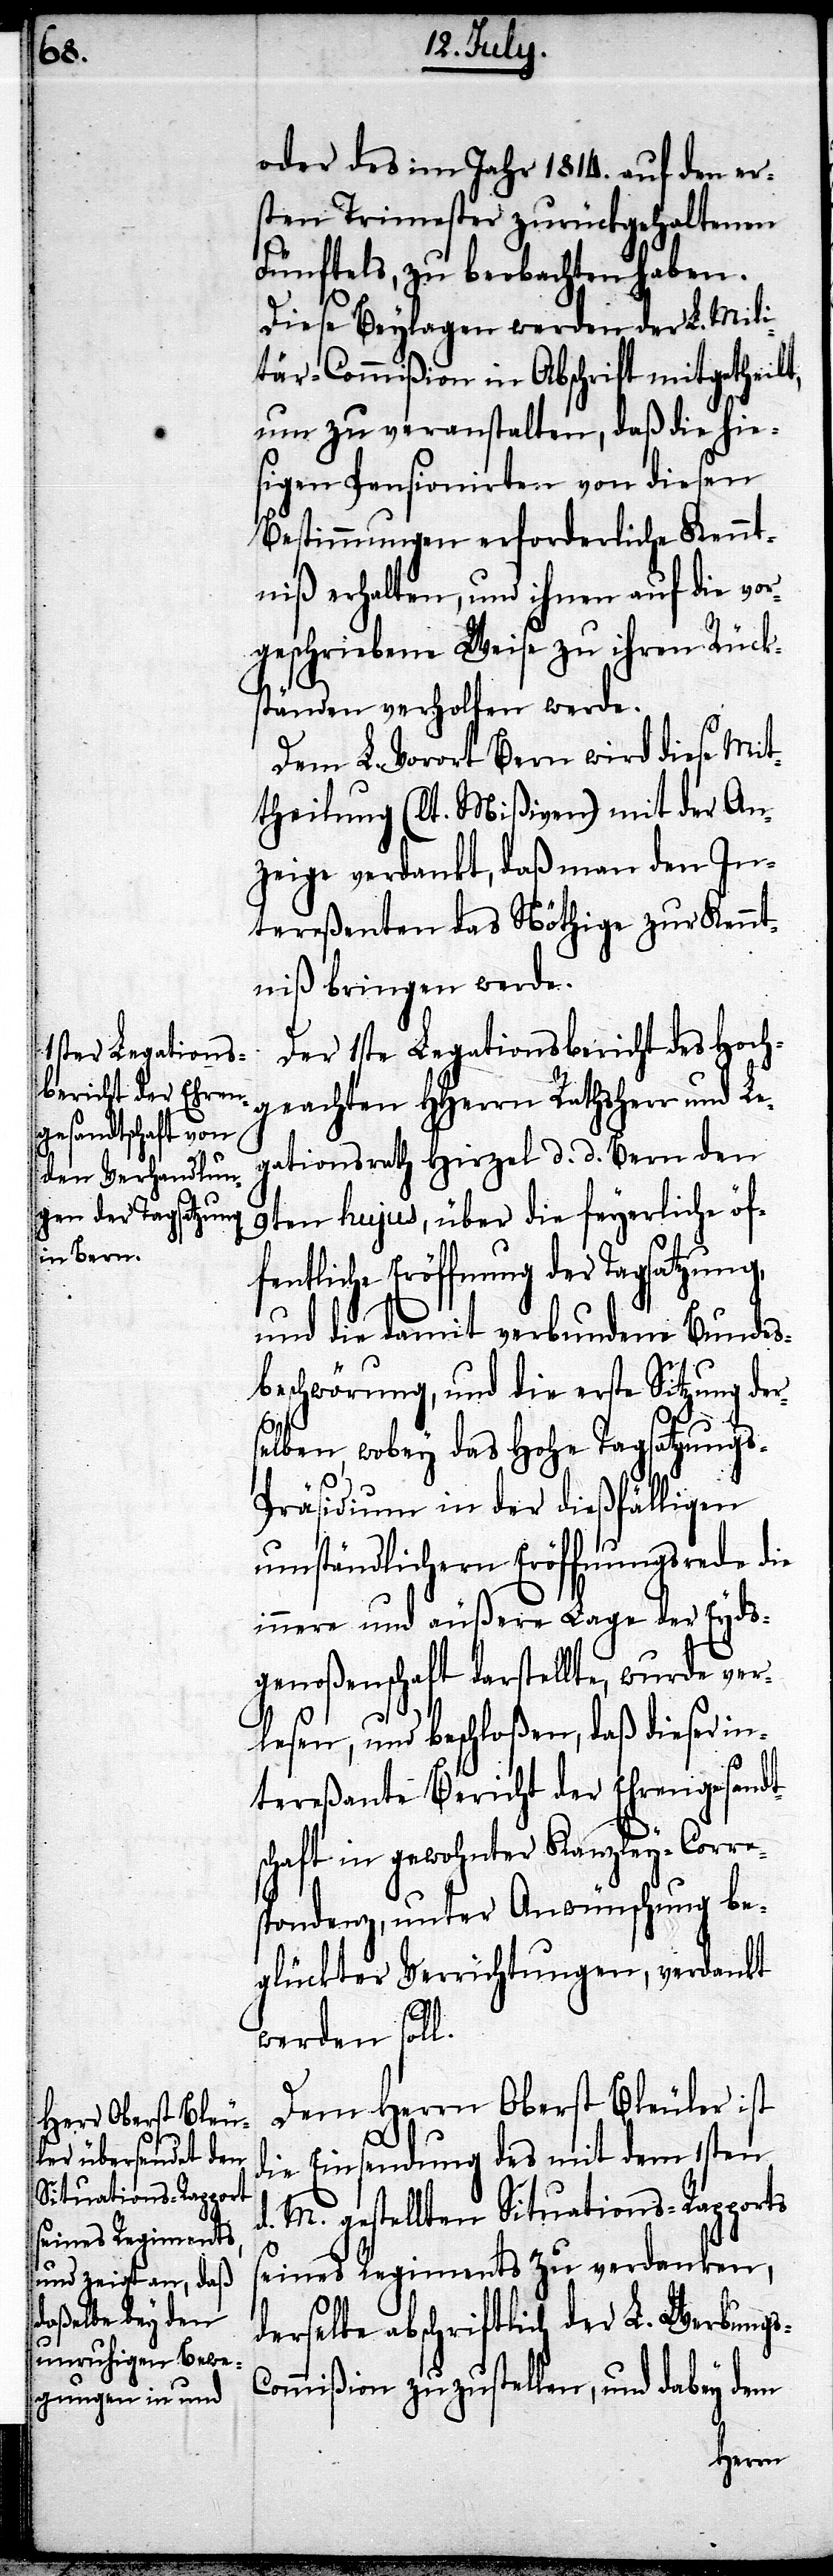
s-C¬

oder des im Jahre 1814. auf den er¬
sten Trimester zurückgehaltenen
Fünftels, zu beobachten haben.
Diese Beylagen werden der L. Mili¬
tär-Commißion in Abschrift mitgetheilt,
um zu veranstalten, daß die hie¬
sigen Pensionirten von diesen
Bestimmungen erforderliche Kennt¬
niß erhalten, und ihnen auf die vor¬
geschriebene Weise zu ihren Rück¬
ständen verholfen werde.
Dem L. Vorort Bern wird diese Mit¬
theilung (lt. Mißiven) mit der An¬
zeige verdankt, daß man den In¬
tereßenten das Nöthige zur Kennt¬
niß bringen werde.
Der 1ste Legationsbericht des Hoch¬
geachten HHerrn Rathsherr und Le¬
gationsrath Hirzel d. d. Bern den
9ten hujus, über die feyerliche öf¬
fentliche Eröffnung der Tagsatzung,
und die damit verbundene Bundes¬
beschwörung, und die erste Sitzung der¬
selben, wobey das Hohe Tagsatzungs-P¬
räsidium in der dießfälligen
umständlichern Eröffnungsrede die
innere und äußere Lage der Eyds¬
genoßenschaft darstellte, wurde ver¬
lesen, und beschloßen, daß dieser in¬
tereßante Bericht der Ehrengesandt¬
schaft in gewohnter Kanzley-Corre¬
spondenz, unter Anwünschung be¬
glückter Verrichtungen, verdankt
werden soll.
Dem Herrn Oberst Bleuler ist
die Einsendung des mit dem 1sten
d. M. gestellten Situations-Rapports
seines Regiments zu verdanken,
derselbe abschriftlich der L. Werbung¬
ommißion zuzustellen, und dabey dem